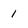
Character: 1